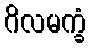
ဂိလမက္ခံ